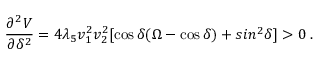
\frac { \partial ^ { 2 } V } { \partial \delta ^ { 2 } } = 4 \lambda _ { 5 } v _ { 1 } ^ { 2 } v _ { 2 } ^ { 2 } \lbrack \cos \delta ( \Omega - \cos \delta ) + s i n ^ { 2 } \delta \rbrack > 0 \; .